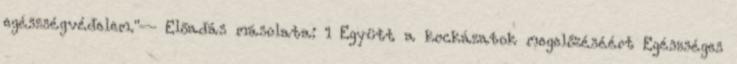
egészségvédelem."— Előadás másolata: 1 Együtt a kockázatok megelőzéséért Egészséges